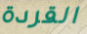
القردة